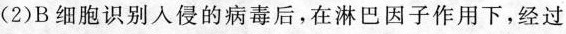
(2)B细胞识别入侵的病毒后，在淋巴因子作用下，经过